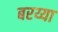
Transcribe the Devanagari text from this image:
बरय्या